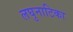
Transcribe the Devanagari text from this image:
लघुनाटिका